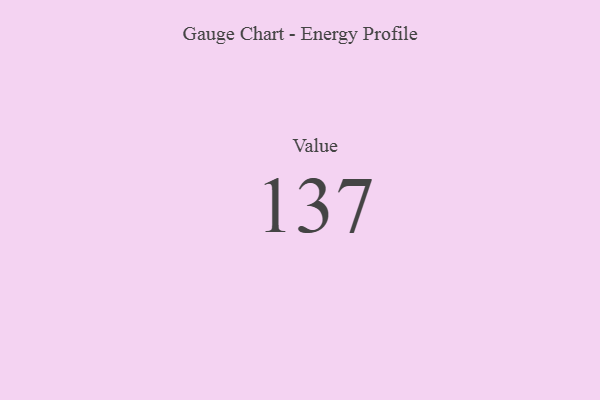
{"axis": {"x": "Metric", "y": "Value"}, "legend": [""], "data": [{"x": "Value", "y": 137, "type": ""}]}